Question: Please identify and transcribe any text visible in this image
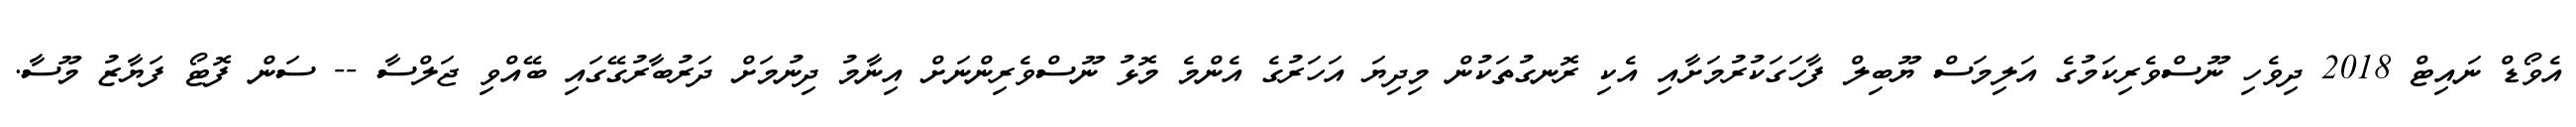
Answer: އެވޯޑް ނައިޓް 2018 ދިވެހި ނޫސްވެރިކަމުގެ އަލިމަސް ޔޫބިލް ފާހަގަކުރުމަށާއި އެކި ރޮނގުތަކުން މިދިޔަ އަހަރުގެ އެންމެ މޮޅު ނޫސްވެރިންނަށް އިނާމު ދިނުމަށް ދަރުބާރުގޭގައި ބޭއްވި ޖަލްސާ -- ސަން ފޮޓޯ ފަޔާޒު މޫސާ.